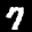
Label: 7